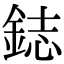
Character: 鋕